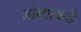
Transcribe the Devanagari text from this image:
आंब्याकडे